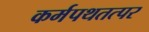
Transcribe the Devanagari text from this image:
कर्मपथतत्पर